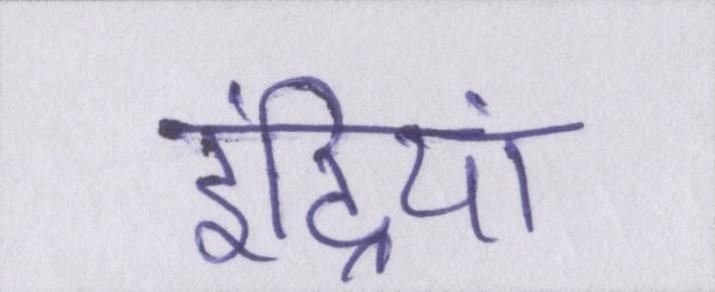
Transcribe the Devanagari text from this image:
इंद्रियां